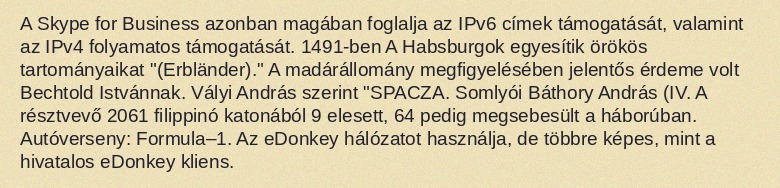
A Skype for Business azonban magában foglalja az IPv6 címek támogatását, valamint az IPv4 folyamatos támogatását. 1491-ben A Habsburgok egyesítik örökös tartományaikat "(Erbländer)." A madárállomány megfigyelésében jelentős érdeme volt Bechtold Istvánnak. Vályi András szerint "SPACZA. Somlyói Báthory András (IV. A résztvevő 2061 filippinó katonából 9 elesett, 64 pedig megsebesült a háborúban. Autóverseny: Formula–1. Az eDonkey hálózatot használja, de többre képes, mint a hivatalos eDonkey kliens.